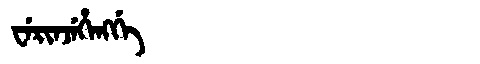
Manchu: ᠸᡝᡵᡳᠨᠵᡝᡥᡝᠩᡤᡝ
Romanization: WERINJEHENGGE